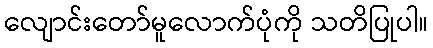
လျောင်းတော်မူလောက်ပုံကို သတိပြုပါ။